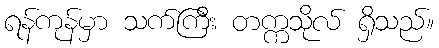
ရန်ကုန်မှာ သက်ကြီး တက္ကသိုလ် ရှိသည်။